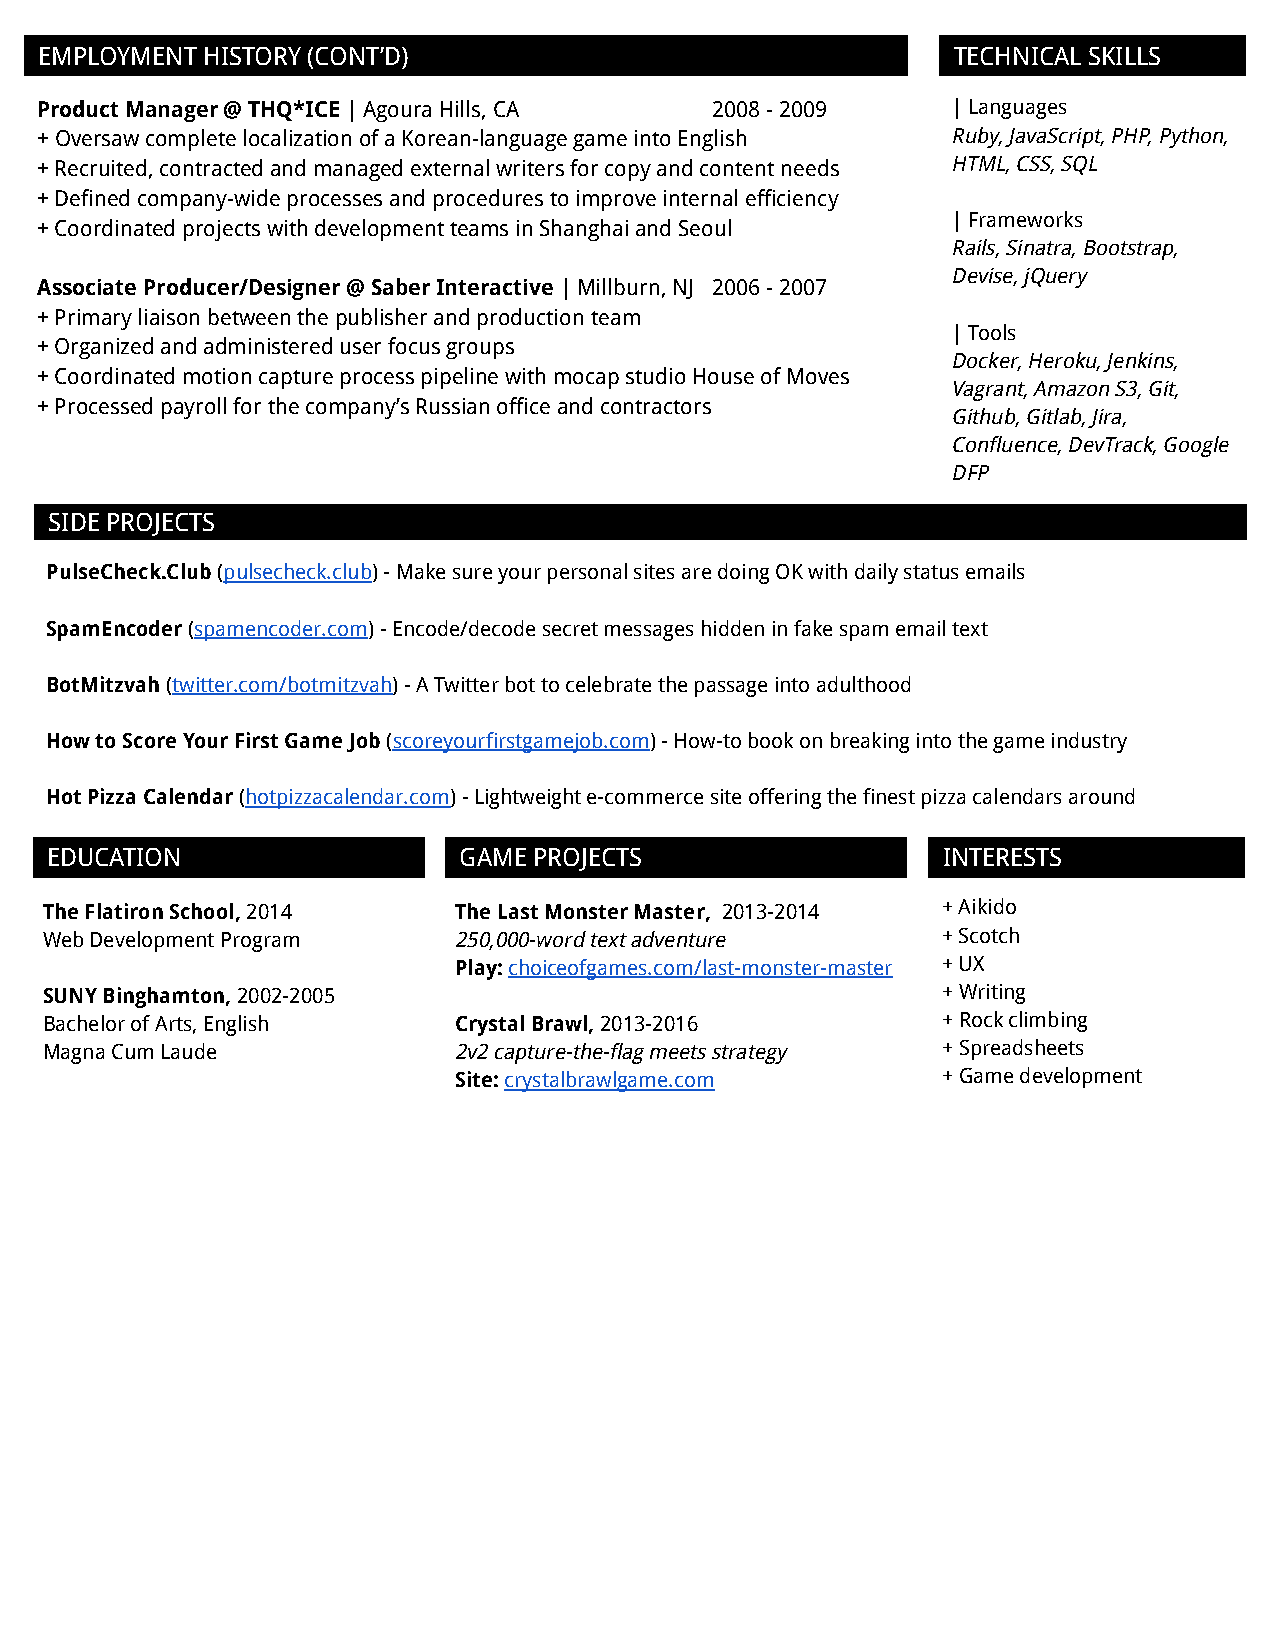
EMPLOYMENT HISTORY (CONT’D)                                 TECHNICAL SKILLS
 Product Manager @ THQ*ICE | Agoura Hills, CA 2008 - 2009     | Languages
 + Oversaw complete localization of a Korean-language game into English Ruby, JavaScript, PHP, Python,
 + Recruited, contracted and managed external writers for copy and content needs HTML, CSS, SQL
 + Defined company-wide processes and procedures to improve internal efficiency
 | Frameworks
 + Coordinated projects with development teams in Shanghai and Seoul
 Rails, Sinatra, Bootstrap,
 Devise, jQuery
 Associate Producer/Designer @ Saber Interactive | Millburn, NJ 2006 - 2007
 + Primary liaison between the publisher and production team
 | Tools
 + Organized and administered user focus groups
 Docker, Heroku, Jenkins,
 + Coordinated motion capture process pipeline with mocap studio House of Moves
 Vagrant, Amazon S3, Git,
 + Processed payroll for the company’s Russian office and contractors
 Github, Gitlab, Jira,
 Confluence, DevTrack, Google
 DFP
 SIDE PROJECTS
 PulseCheck.Club (pulsecheck.club) - Make sure your personal sites are doing OK with daily status emails
 SpamEncoder (spamencoder.com) - Encode/decode secret messages hidden in fake spam email text
 BotMitzvah (twitter.com/botmitzvah) - A Twitter bot to celebrate the passage into adulthood
 How to Score Your First Game Job (scoreyourfirstgamejob.com) - How-to book on breaking into the game industry
 Hot Pizza Calendar (hotpizzacalendar.com) - Lightweight e-commerce site offering the finest pizza calendars around
 EDUCATION                  GAME PROJECTS                   INTERESTS
 The Flatiron School, 2014  The Last Monster Master, 2013-2014 + Aikido
 Web Development Program    250,000-word text adventure     + Scotch
 Play: choiceofgames.com/last-monster-master + UX
 SUNY Binghamton, 2002-2005                                 + Writing
 Bachelor of Arts, English  Crystal Brawl, 2013-2016        + Rock climbing
 Magna Cum Laude            2v2 capture-the-flag meets strategy + Spreadsheets
 Site: crystalbrawlgame.com      + Game development